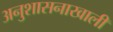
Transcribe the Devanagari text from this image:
अनुशासनाखाली